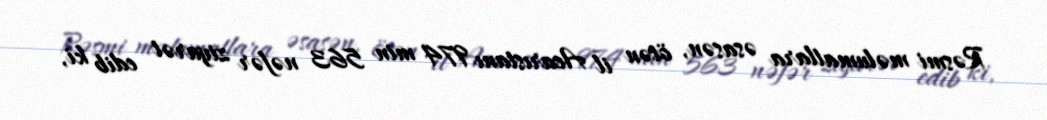
Rəsmi məlumatlara əsasən, ötən il Acarıstanı 974 min 563 nəfər ziyarət edib ki,